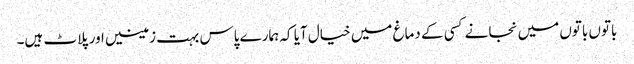
باتوں باتوں میں نجانے کسی کے دماغ میں خیال آیا کہ ہمارے پاس بہت زمینیں اور پلاٹ ہیں۔